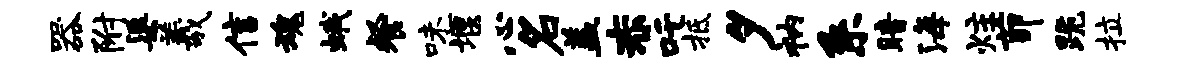
器附渠羲信魂蛾餐味堰心名盖赤吒抵夕衲系暗海炷茆跪拉